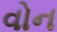
વોન